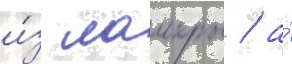
и́з лаикры / а́